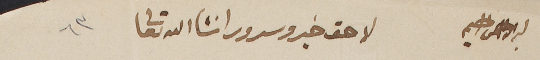
بسم الله الرحمن الرحيم		لاحق خير وسرور انشأالله تعالى 	٦٣